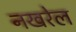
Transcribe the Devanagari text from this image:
नखरेल